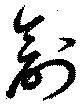
創